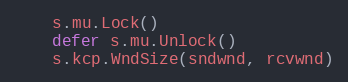
Language: Go
	s.mu.Lock()
	defer s.mu.Unlock()
	s.kcp.WndSize(sndwnd, rcvwnd)